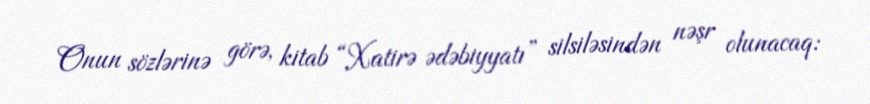
Onun sözlərinə görə, kitab “Xatirə ədəbiyyatı” silsiləsindən nəşr olunacaq: